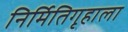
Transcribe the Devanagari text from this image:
निर्मितिगृहाला